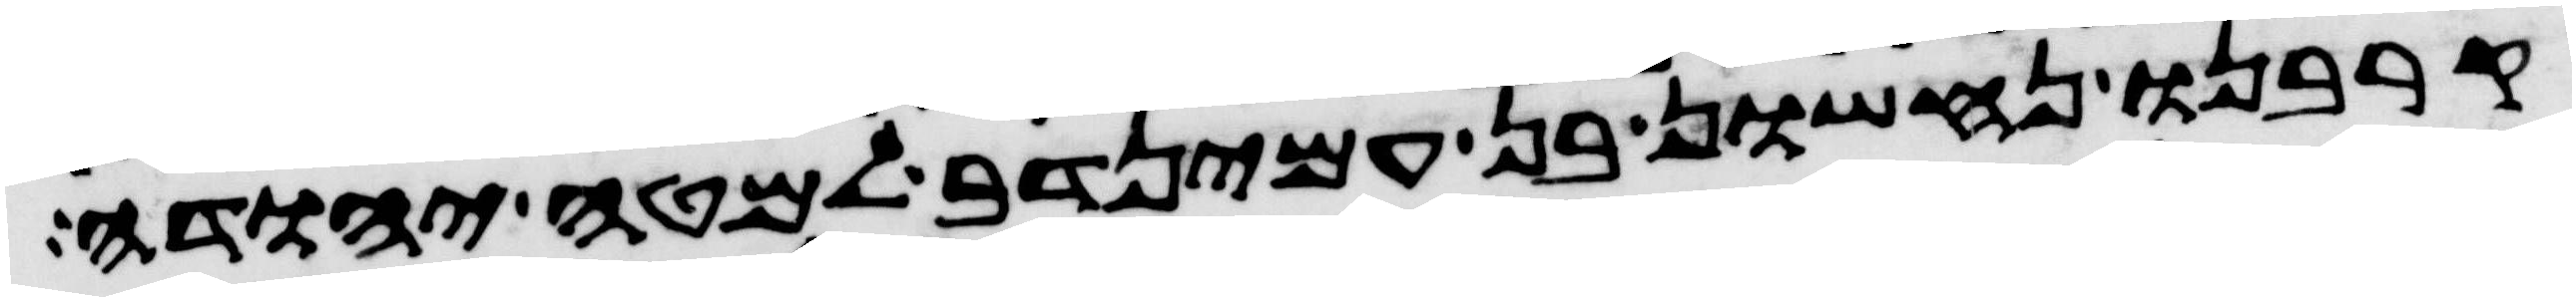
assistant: קרבנו נחשון בן עמינדב למטה יהודה